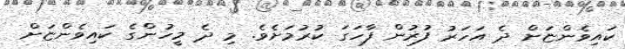
ކައިވެންޏަށް ދެ އަހަރު ފުރުން ފާހަގަ ކުރުމަށެވެ. މި ދެ މީހުންގެ ކައިވެންޏަށް